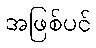
အဖြစ်ပင်